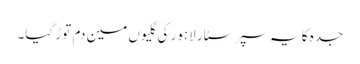
جدہ کا یہ سپر سٹار لاہور کی گلیوں مین دم توڑ گیا۔